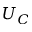
U _ { C }